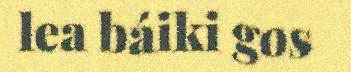
lea báiki gos